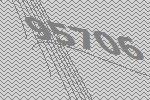
95706